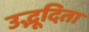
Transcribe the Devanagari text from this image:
उद्भूदिता